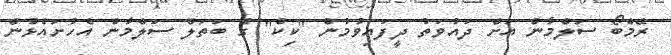
ރޭމްބޯ ސަލްމާން އަށް ދައުވަތު ދީފައިވުމުން ''ކިކް'' ގެ ބަތަލް ސަލްމާން އެހުށައެޅުން